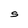
Character: S